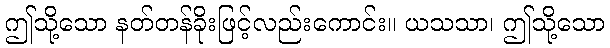
ဤသို့သော နတ်တန်ခိုးဖြင့်လည်းကောင်း။ ယသသာ၊ ဤသို့သော